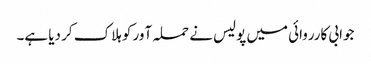
جوابی کارروائی میں پولیس نے حملہ آور کو ہلاک کر دیا ہے۔